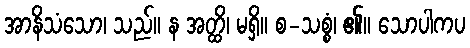
အာနိသံသော၊ သည်။ န အတ္ထိ၊ မရှိ။ စ-သစ္စံ၊ ၏။ သောပါကပ